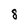
Character: 8